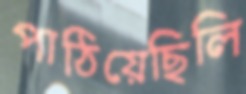
পাঠিয়েছিলি